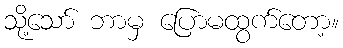
သို့သော် ဘာမှ ပြောမထွက်တော့။